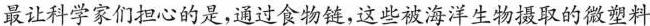
最让科学家们担心的是,通过食物链，这些被海洋生物摄取的微塑料